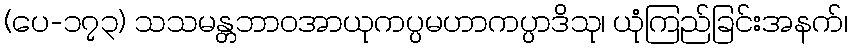
(ပေ-၁၇၃) သသမန္တဘာဝအာယုကပ္ပမဟာကပ္ပာဒိသု၊ ယုံကြည်ခြင်းအနက်၊